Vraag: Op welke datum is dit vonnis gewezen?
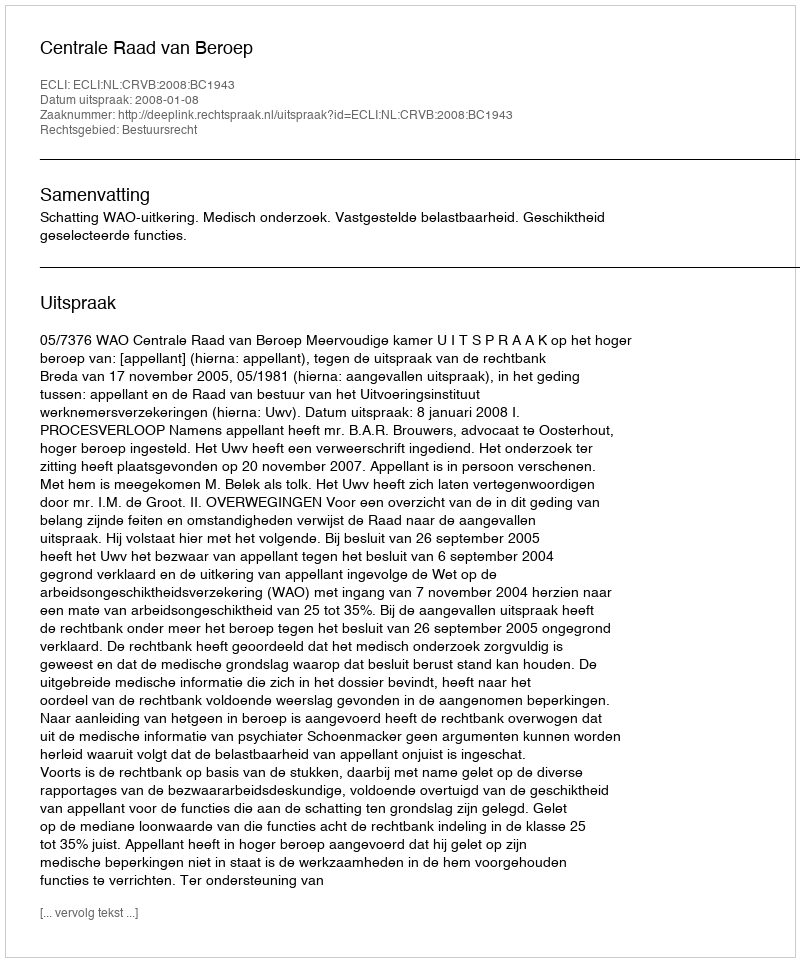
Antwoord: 2008-01-08